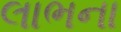
લાભના